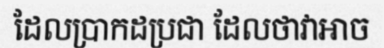
ដែលប្រាកដប្រជា ដែលថាវាអាច